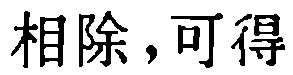
相除，可得